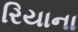
રિયાના